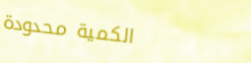
الكمية محدودة